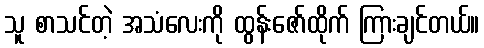
သူ စာသင်တဲ့ အသံလေးကို ထွန်းဇော်ထိုက် ကြားချင်တယ်။